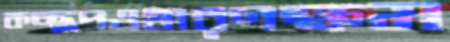
কচ্ছপওধারণক্ষম